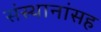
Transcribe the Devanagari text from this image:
संस्थानांसह